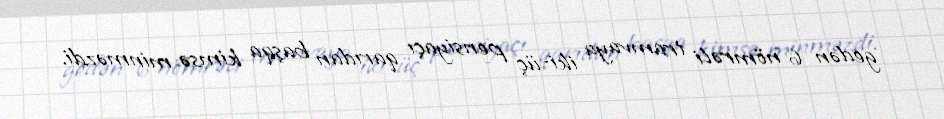
gedən 6 nömrəli tramvaya iki-üç pensiyaçı qarıdan başqa kimsə minməzdi.